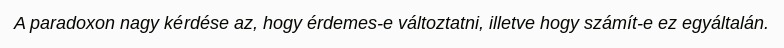
A paradoxon nagy kérdése az, hogy érdemes-e változtatni, illetve hogy számít-e ez egyáltalán.